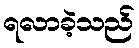
ရလာခဲ့သည်